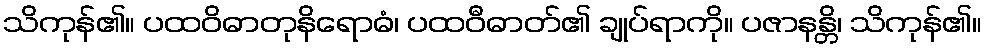
သိကုန်၏။ ပထဝိဓာတုနိရောဓံ၊ ပထဝီဓာတ်၏ ချုပ်ရာကို။ ပဇာနန္တိ၊ သိကုန်၏။